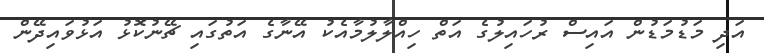
އަދި މަޑުމަޑުން އައިސް ރުހައިލުގެ އަތް ހިއްލާލުމާއެކު އޭނާގެ އަތުގައި ޗޭނުކޮޅު އަޅުވައިދޭން